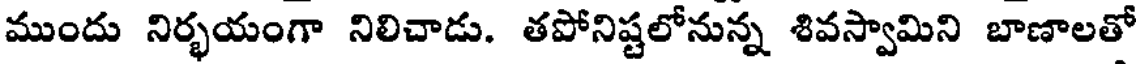
ముందు నిర్భయంగా నిలిచాడు. తపోనిష్టలోనున్న శివస్వామిని బాణాలతో